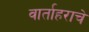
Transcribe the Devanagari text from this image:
वार्ताहराचे